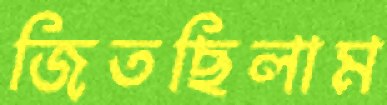
জিতছিলাম